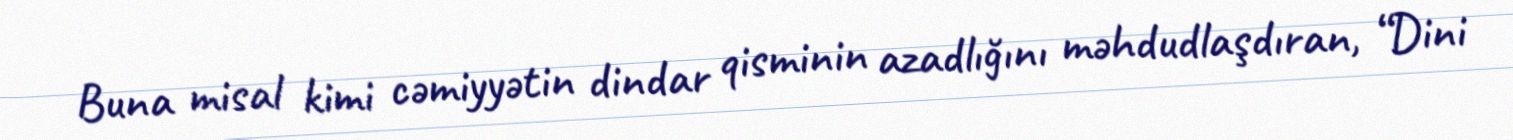
Buna misal kimi cəmiyyətin dindar qisminin azadlığını məhdudlaşdıran, “Dini